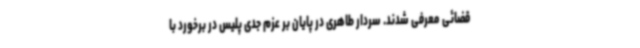
قضائی معرفی شدند. سردار طاهری در پایان بر عزم جدی پلیس در برخورد با